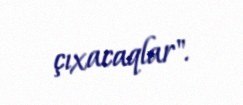
çıxacaqlar".